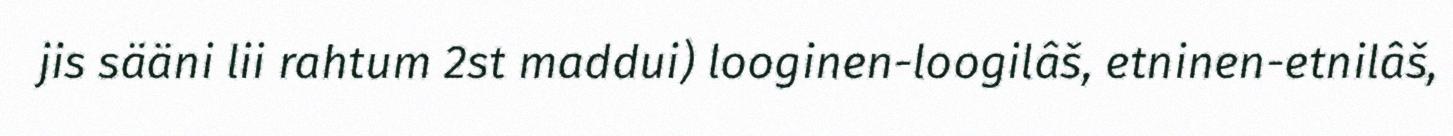
jis sääni lii rahtum 2st maddui) looginen-loogilâš, etninen-etnilâš,